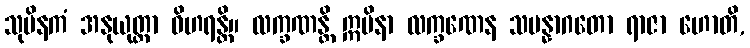
သုပိနကံ အနုယုတ္တာ ဝိဟရန္တိ။ လက္ခဏန္တိ ဣမိနာ လက္ခဏေန သမန္နာဂတော ရာဇာ ဟောတိ,